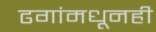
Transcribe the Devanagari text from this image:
ढगांमधूनही